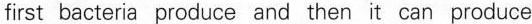
first bacteria produce and then it can produce